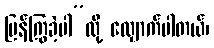
ပြန်ကြွခဲ့ပါ”လို့ လျှောက်ပါတယ်၊